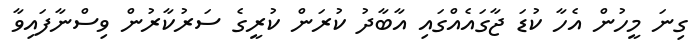
ގިނަ މީހުން އެހާ ކުޑަ ޖާގައެއްގައި އާބާދު ކުރަން ކުރީގެ ސަރުކާރުން ވިސްނާފައިވާ